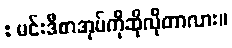
: မင်းဒီစာအုပ်ကိုဆိုလိုတာလား။